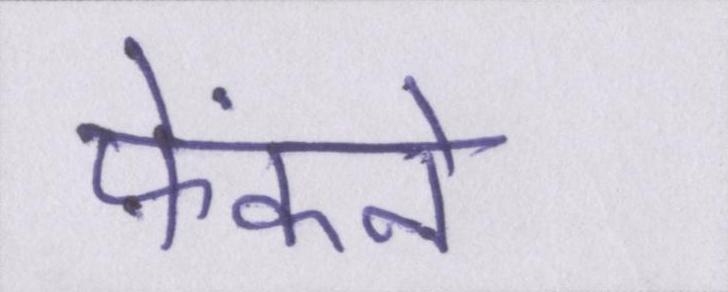
फेंकने